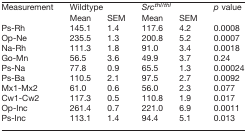
<table><thead><tr><td><b>Measurement</b></td><td colspan="2"><b>Wildtype</b></td><td colspan="2"><b><i>Src<sup>thl/thl</sup></i></b></td><td><b><i>p</i> value</b></td></tr><tr><td></td><td><b>Mean</b></td><td><b>SEM</b></td><td><b>Mean</b></td><td><b>SEM</b></td><td></td></tr></thead><tbody><tr><td>Ps-Rh</td><td>145.1</td><td>1.4</td><td>117.6</td><td>4.2</td><td>0.0008</td></tr><tr><td>Op-Ne</td><td>235.5</td><td>1.3</td><td>200.8</td><td>5.2</td><td>0.0007</td></tr><tr><td>Na-Rh</td><td>111.3</td><td>1.8</td><td>91.0</td><td>3.4</td><td>0.0018</td></tr><tr><td>Go-Mn</td><td>56.5</td><td>3.6</td><td>49.9</td><td>3.7</td><td>0.24</td></tr><tr><td>Ps-Na</td><td>77.8</td><td>0.9</td><td>65.5</td><td>1.3</td><td>0.00024</td></tr><tr><td>Ps-Ba</td><td>110.5</td><td>2.1</td><td>97.5</td><td>2.7</td><td>0.0092</td></tr><tr><td>Mx1-Mx2</td><td>61.0</td><td>0.6</td><td>56.0</td><td>2.3</td><td>0.077</td></tr><tr><td>Cw1-Cw2</td><td>117.3</td><td>0.5</td><td>110.8</td><td>1.9</td><td>0.017</td></tr><tr><td>Op-Inc</td><td>261.4</td><td>0.7</td><td>221.0</td><td>6.9</td><td>0.0011</td></tr><tr><td>Ps-Inc</td><td>113.1</td><td>1.4</td><td>94.4</td><td>5.1</td><td>0.013</td></tr></tbody></table>